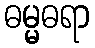
ဓမ္မဓရာ